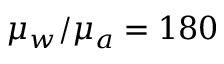
\mu _ { w } / \mu _ { a } = 1 8 0